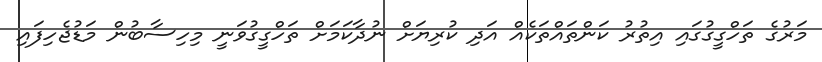
މަރުގެ ތަހްގީގުގައި އިތުރު ކަންތައްތަކެއް އަދި ކުރިޔަށް ނުދާކަމަށް ތަހްގީގުވަނީ މިހިސާބުން މަޑުޖެހިފައި